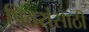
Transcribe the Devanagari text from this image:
पितरांसाठी